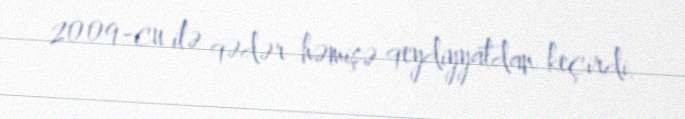
2009-cu ilə qədər həmişə qeydiyyatdan keçirdi.